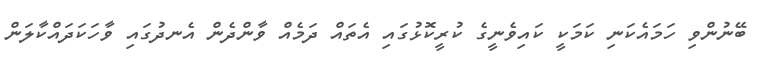
ބޭނުންވި ހަމައެކަނި ކަމަކީ ކައިވެނީގެ ކުރީކޮޅުގައި އެތައް ދަމެއް ވާންދެން އެނދުގައި ވާހަކަދައްކާލަން